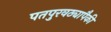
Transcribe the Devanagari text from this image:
पतपुरवठ्यापैकी